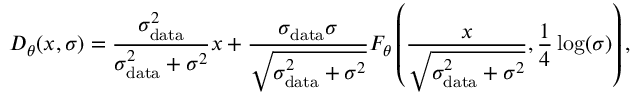
D _ { \theta } ( x , \sigma ) = \frac { \sigma _ { \mathrm { d a t a } } ^ { 2 } } { \sigma _ { \mathrm { d a t a } } ^ { 2 } + \sigma ^ { 2 } } x + \frac { \sigma _ { \mathrm { d a t a } } \sigma } { \sqrt { \sigma _ { \mathrm { d a t a } } ^ { 2 } + \sigma ^ { 2 } } } F _ { \theta } \left( \frac { x } { \sqrt { \sigma _ { \mathrm { d a t a } } ^ { 2 } + \sigma ^ { 2 } } } , \frac { 1 } { 4 } \log ( \sigma ) \right) ,